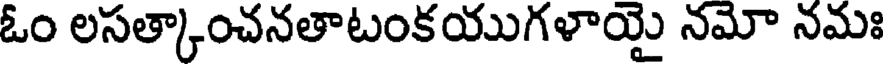
ఓం లసత్కాంచనతాటంకయుగళాయై నమో నమః